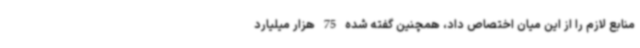
منابع لازم را از این میان اختصاص داد، همچنین گفته شده 75 هزار میلیارد